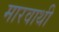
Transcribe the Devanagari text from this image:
मारवाथी